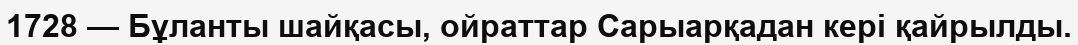
1728 — Бұланты шайқасы, ойраттар Сарыарқадан кері қайрылды.